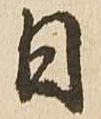
日